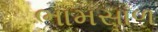
ભામસાળ